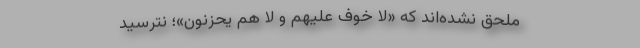
ملحق نشده‌اند که «لا خَوْفٌ عَلَیْهِمْ وَ لا هُمْ یَحْزَنُونَ»؛ نترسید